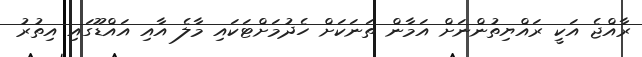
ރާއްޖެ އަކީ ރައްޔިތުންނަށް އަމާން ތަނަކަށް ހެދުމަށްޓަކައި މާލެ އާއި އައްޑޫގައި އިތުރު